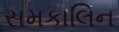
સમકાલિન